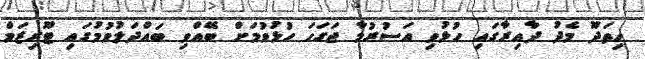
ހިތަދޫ މެދު ދާއިރާގައި ހުޅުވި އަސުރުމާ ޖަގަހަ ހުޅުވުމަށް ބޭއްވި ބައްދަލުވުމުގައި ޓޫރިޒަމް